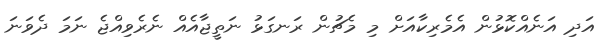
އަދި އަނެއްކޮޅުން އެމެރިކާއަށް މި މެޗުން ރަނގަޅު ނަތީޖާއެއް ނެރެވިއްޖެ ނަމަ ދެވަނަ